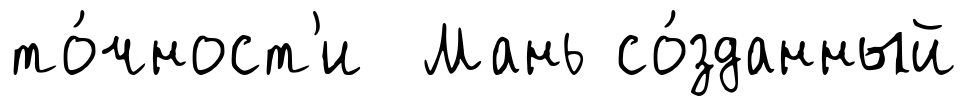
то́чност'и Мань со́зданный